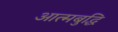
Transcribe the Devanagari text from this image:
आत्मबुद्धि